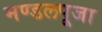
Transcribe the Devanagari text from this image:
मण्डलपूजा